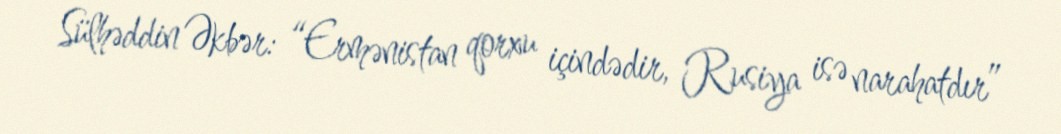
Sülhəddin Əkbər: “Ermənistan qorxu içindədir, Rusiya isə narahatdır”